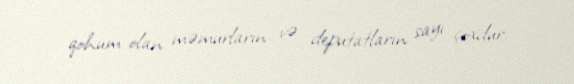
qohum olan məmurların və deputatların sayı çoxdur.